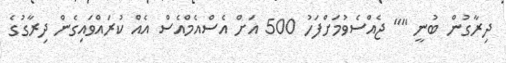
ދިރާގުން ބުނީ "" ޖެއްސެވުމަށްފަހު 500 އަށް އެސްއެމްއެސް އެއް ކުރައްވައިގެން ދިރާގުގެ